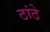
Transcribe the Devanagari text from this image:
ठांठे